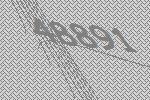
48891